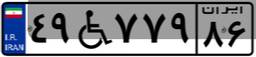
۵۳W۴۳۷۱۲